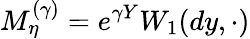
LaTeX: M_{\eta}^{(\gamma)}=e^{\gamma Y}W_{1}(dy,\cdot)